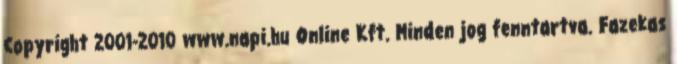
Copyright 2001-2010 www.napi.hu Online Kft. Minden jog fenntartva. Fazekas